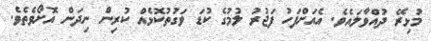
މުޅިރޭ ދުއްވާލައެވެ. އެއަށްފަހު ފަޖުރު ލުމުގެ ކުޑަ ވަގުތުކޮޅެއް ކުރިން ނިދަން އޮށޯވެތެވެ.